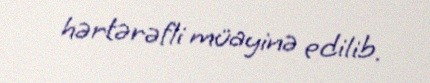
hərtərəfli müayinə edilib.